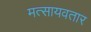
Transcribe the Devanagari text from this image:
मत्सायवतार